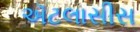
ઍટલાસીસ